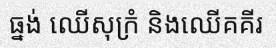
ធ្នង់ ឈើសុក្រំ និងឈើគគីរ